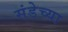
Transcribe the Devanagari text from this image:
संडेच्या